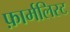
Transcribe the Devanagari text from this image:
फ़ार्मलिस्ट